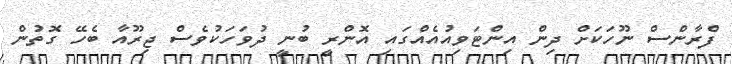
ފްރާންސް ނޫހަކަށް ދިން އިންޓަވިއުއެއްގައި އޮންރީ ބުނީ ދުވަހަކުވެސް ޖިރޫއާ ބެހޭ ގޮތުން